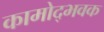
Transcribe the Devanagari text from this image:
कामोद्भवक